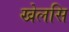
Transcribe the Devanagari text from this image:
खेलसि